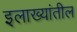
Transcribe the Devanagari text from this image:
इलाख्यांतील